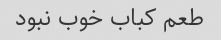
طعم کباب خوب نبود